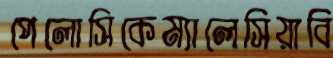
পেলোসিকেম্যালেসিয়াবি